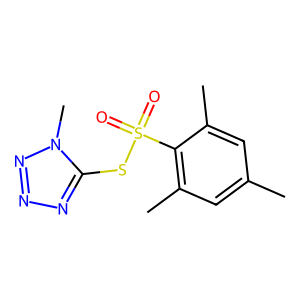
SMILES: Cc1cc(C)c(S(=O)(=O)Sc2nnnn2C)c(C)c1
Inhibits HIV replication: No